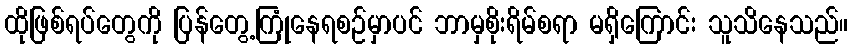
ထိုဖြစ်ရပ်တွေကို ပြန်တွေ့ကြုံနေရစဉ်မှာပင် ဘာမှစိုးရိမ်စရာ မရှိကြောင်း သူသိနေသည်။